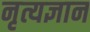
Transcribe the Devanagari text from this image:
नृत्यज्ञान